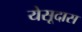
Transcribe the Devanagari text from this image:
येसूदास